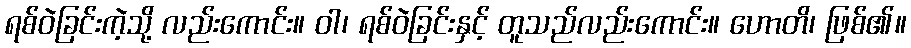
ရစ်ဝဲခြင်းကဲ့သို့ လည်းကောင်း။ ဝါ၊ ရစ်ဝဲခြင်းနှင့် တူသည်လည်းကောင်း။ ဟောတိ၊ ဖြစ်၏။